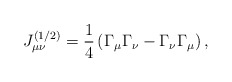
\begin{align*}J_{\mu \nu }^{(1/2)}=\frac 14\left( \Gamma _\mu \Gamma _\nu-\Gamma _\nu \Gamma _\mu \right) , \end{align*}